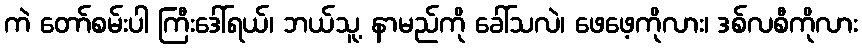
ကဲ တော်စမ်းပါ ကြီးဒေါ်ရယ်၊ ဘယ်သူ့ နာမည်ကို ခေါ်သလဲ၊ ဖေဖေ့ကိုလား၊ ဒစ်လစီကိုလား